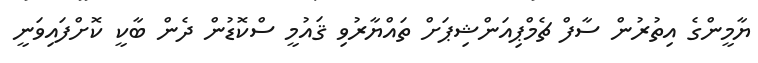
ޔާމީންގެ އިތުރުން ސާފް ޗެމްޕިއަންޝިޕަށް ތައްޔާރުވި ޤައުމީ ސްކޮޑުން ދެން ބާކީ ކޮށްފައިވަނީ